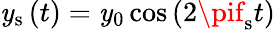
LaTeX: \mathit{y}_{\mathrm{{s}}}\left(t\right)=\mathit{y}_{0}\cos\left(2\pif_{\mathrm{{s}}}t\right)